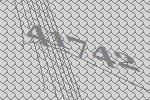
41742